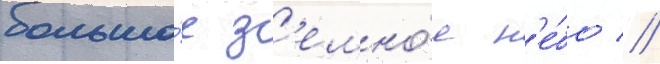
большо́е з'емно́е н'е́бо //